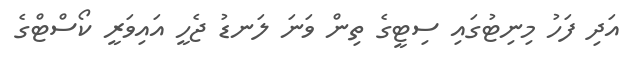
އަދި ފަހު މިނިޓުގައި ސިޓީގެ ތިން ވަނަ ލަނޑު ޖެހީ އައިވަރީ ކޯސްޓްގެ